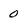
Character: 0